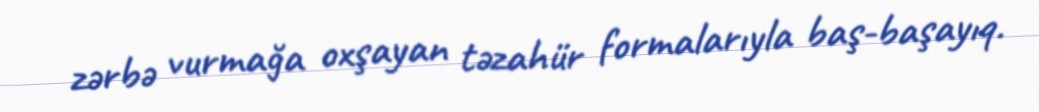
zərbə vurmağa oxşayan təzahür formalarıyla baş-başayıq.